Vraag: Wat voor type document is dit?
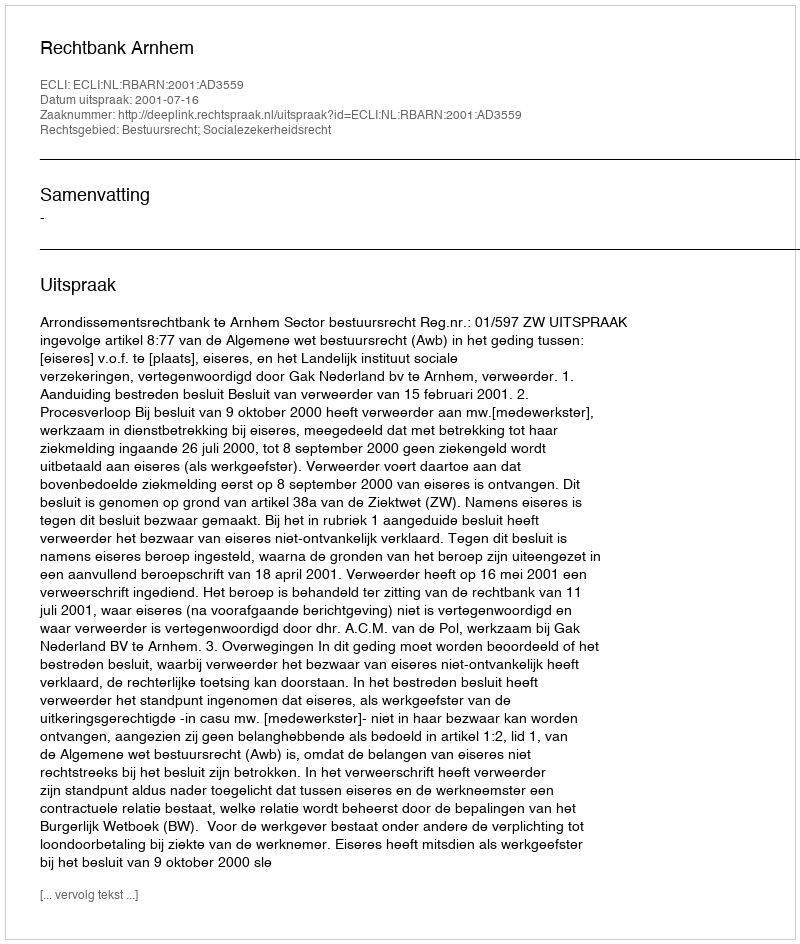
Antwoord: Uitspraak